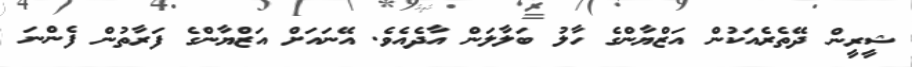
ޝީރީން ދޭތެރެއަކުން އަޒްޔާންގެ ހާލު ބަލާލަން އާދެއެވެ. އޭނައަށް އަޒްޔާންގެ ފަރާތުން ފެންނަ